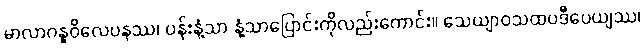
မာလာဂန္ဓဝိလေပနဿ၊ ပန်းနံ့သာ နံ့သာပြောင်းကိုလည်းကောင်း။ သေယျာဝသထပဒီပေယျဿ၊